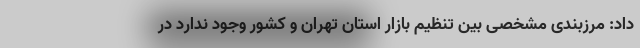
داد: مرزبندی مشخصی بین تنظیم بازار استان تهران و کشور وجود ندارد در